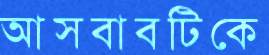
আসবাবটিকে